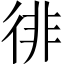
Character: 徘